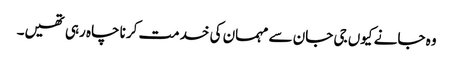
وہ جانے کیوں جی جان سے مہمان کی خدمت کرنا چاہ رہی تھیں۔